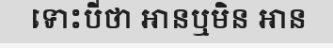
ទោះបីថា អានឬមិន អាន